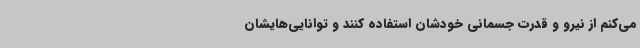
می‌کنم از نیرو و قدرت جسمانی خودشان استفاده کنند و توانایی‌هایشان